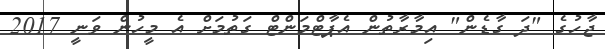
ޖާހުގެ "ދަ ގާޑެން" އިމާރާތުން އެޕާޓްމަންޓް ގަތުމަށް އެ މީހުން ވަނީ 2017